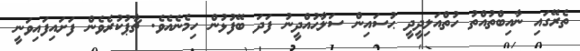
ތެރޭގައި ނާއިބްތުއްތު ހުތްއަލިދީދީ ޙުސައިން ސަލާޙުއްދީނު ފަދަ ބޭފުޅުން ހިމެނެއެވެ. ޗާޕުކުރެވެން ފަށައިފައިވަނީ